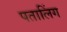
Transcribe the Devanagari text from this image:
पतालिंग